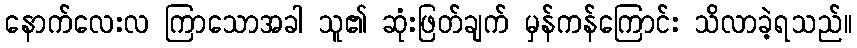
နောက်လေးလ ကြာသောအခါ သူ၏ ဆုံးဖြတ်ချက် မှန်ကန်ကြောင်း သိလာခဲ့ရသည်။